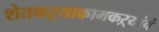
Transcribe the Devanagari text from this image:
शेतकऱ्याकामकऱ्यांचं